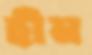
হীন